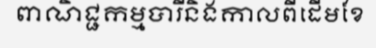
ពាណិជ្ជកម្មបារីនិងកាលពីដើមខែ